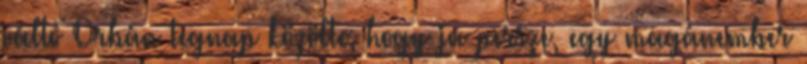
váltó Orbán tegnap közölte, hogy ja persze, egy magánember